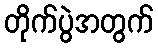
တိုက်ပွဲအတွက်